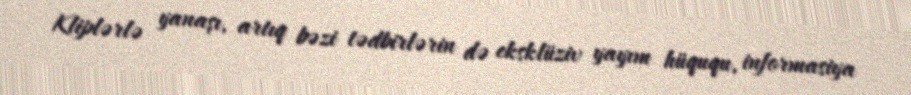
Kliplərlə yanaşı, artıq bəzi tədbirlərin də eksklüziv yayım hüququ, informasiya